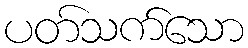
ပတ်သက်သော